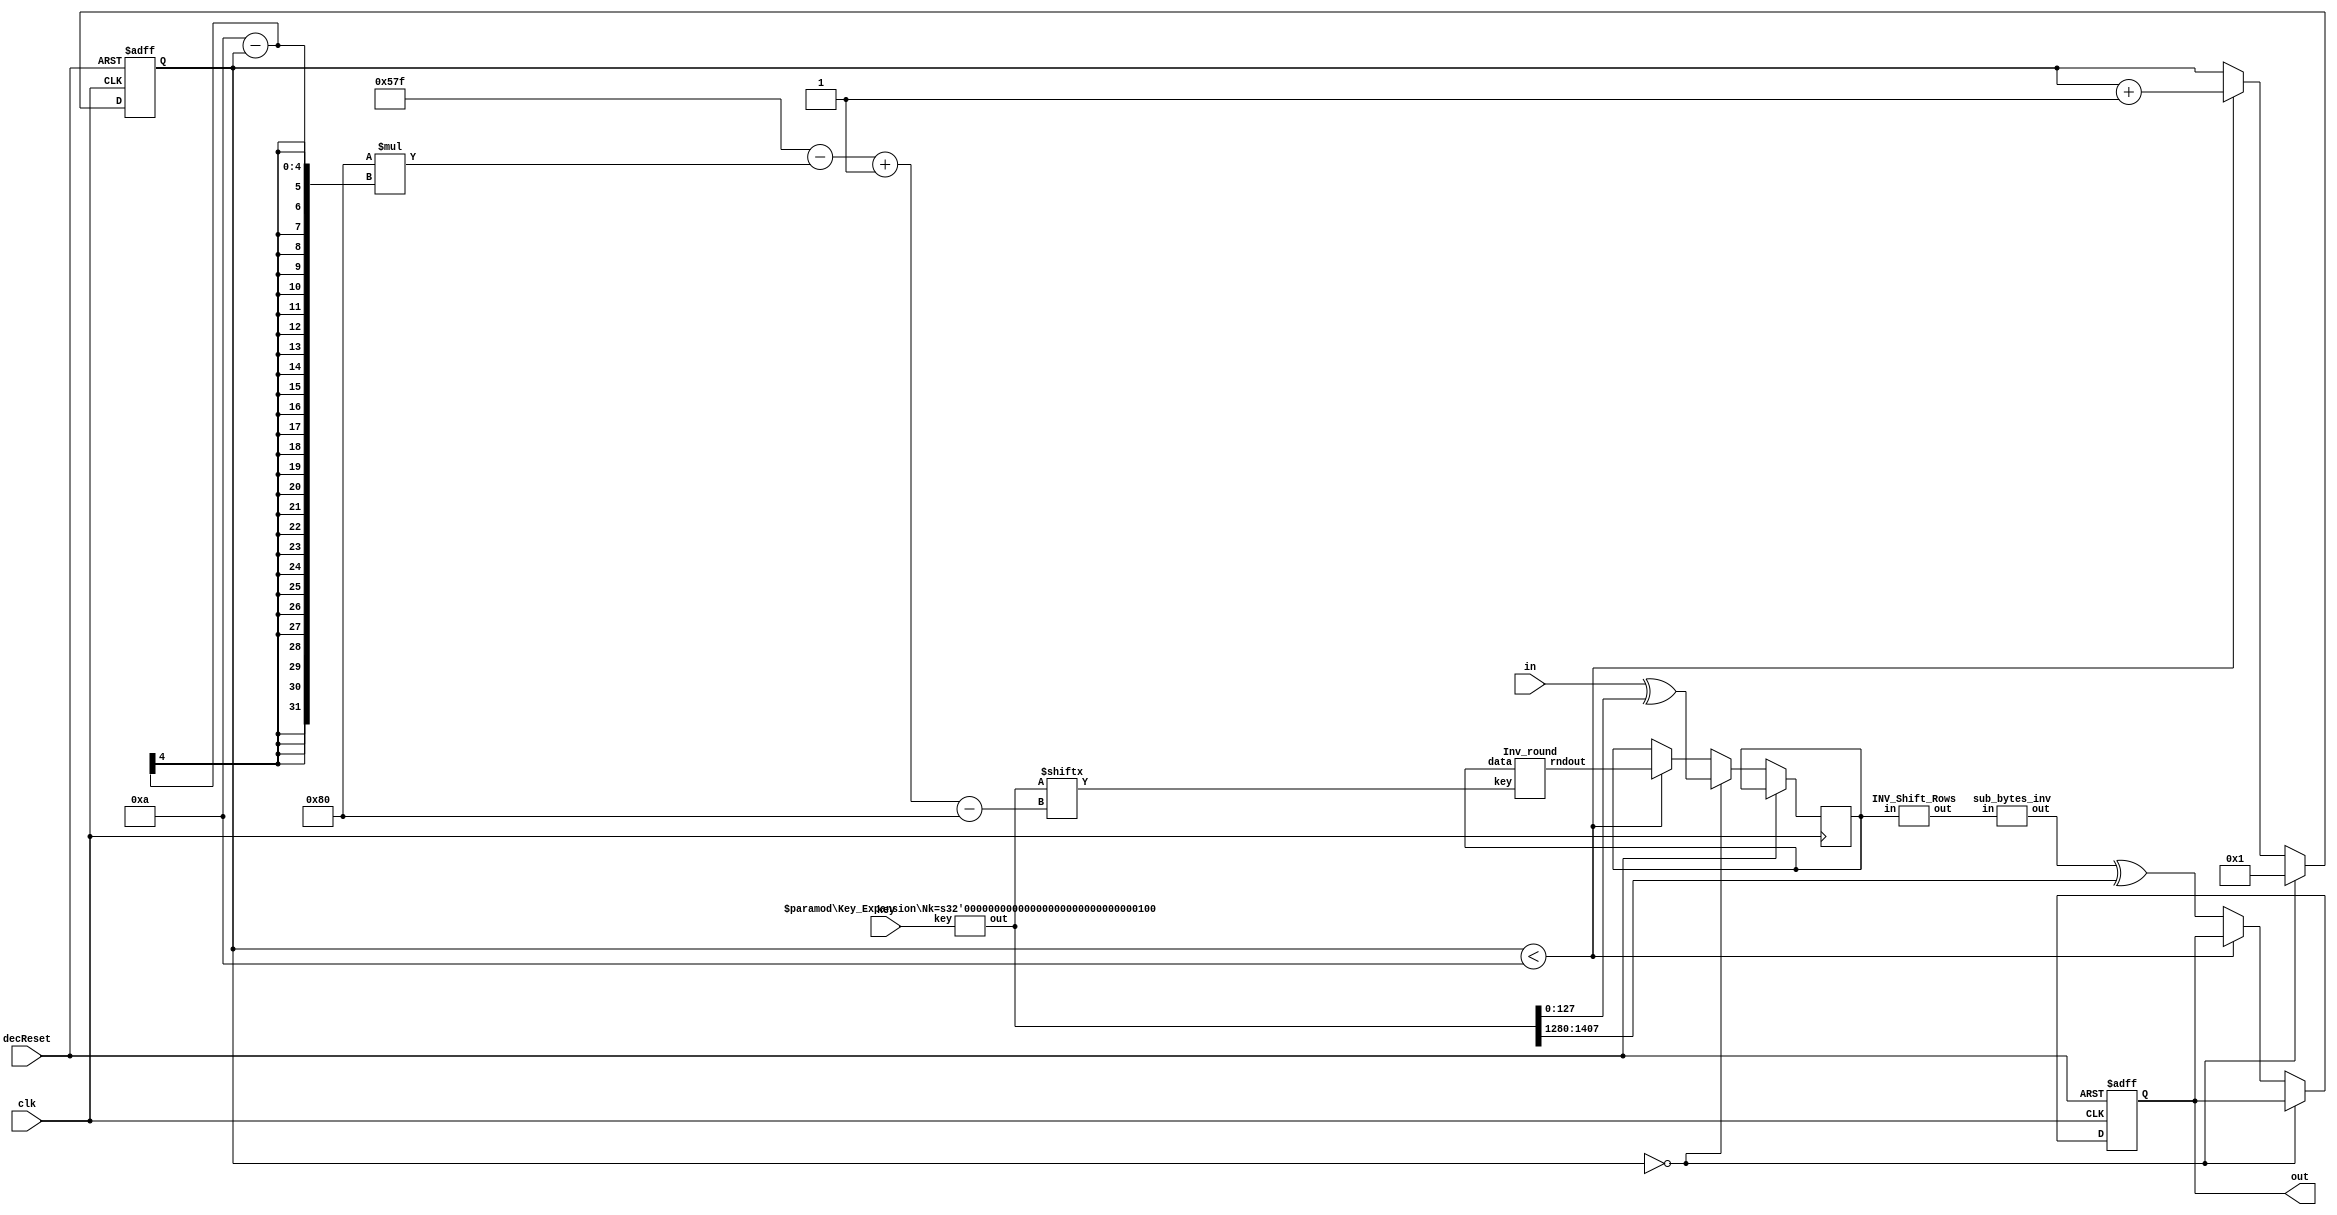
module decrypt_aes128 #(parameter Nk = 4)(
`ifdef USE_POWER_PINS
    inout vccd1,	// User area 1 1.8V supply
    inout vssd1,	// User area 1 digital ground
`endif
    input clk,
	 input decReset,
    input[127:0] in,
    input[Nk*32 - 1: 0] key,
    output reg [127:0]  out
);

localparam Nr = Nk+6;
localparam key_sch_len = (4*Nr+4) * 32 - 1;
reg [127:0] register;
wire [127:0] out_state;
wire [key_sch_len :0] k_sch;

Key_Expansion #(.Nk(Nk)) keys (key, k_sch); 



reg [3:0] round_counter = 0;
//reg [2:0] pulses_counter = 1;
    
//for(i = 1;i < Nr;i=i+1)  begin : generate_block 
Inv_round r (register,k_sch[key_sch_len - 128*(Nr - round_counter) -: 128], out_state); //4clk p
//end


//delay = Nr * 3

//last round
wire [127:0] sb,sr;
INV_Shift_Rows p2 (.in(register),.out(sb));
sub_bytes_inv p3 (.in(sb),.out(sr));


always @(posedge clk,posedge decReset) begin

    if(decReset) begin
	  round_counter=0;
	  out=0;
	  end
	  else
	  begin
    if(round_counter == 0) begin
        register <= in ^ k_sch[127 -: 128];
        round_counter <= 1;
    end
    else if(round_counter < Nr) begin
        register <= out_state;
        round_counter <= round_counter + 1;
    end 
    else begin
        out <= sr ^ k_sch[key_sch_len-:128];
    end
	 end
 end
    //$display("state[0]=%h in=%h k_sch=%h", state[0], in, k_sch[key_sch_len -: 128]);




endmodule

module Key_Expansion #(parameter Nk = 4) (
    key,out
);
localparam Nr = Nk+6;
localparam keylen = Nk*32;
//total number of out words Nr*4
input [keylen-1:0] key;
reg [14:0] temp;
wire [31:0] subword [0:4*Nr+3];
/* output reg [31:0] out[0:4*Nr+3]; */
output wire [(4*Nr+4) * 32 - 1:0] out;//

wire [31:0] out_words[0:4*Nr+3];

integer j;
genvar i;
generate 
    
    for(i = 0;i <=4*Nr+3;i=i+1)begin : generate_block
        if(i < Nk) begin
            assign out_words[i] = key[(keylen-1)-32*i -:32];
        end

        else begin
            if(i % Nk == 0) begin
                aes_sbox s0(RotWord(out_words[i-1]), subword[i]);
                assign out_words[i] = out_words[i-Nk] ^ subword[i] ^ rcon(i/Nk);
            end
            else if(Nk > 6 && i % Nk == 4) begin
                aes_sbox s1(out_words[i-1], subword[i]);
                assign out_words[i] = out_words[i-Nk] ^ subword[i];
            end
            else begin
                assign out_words[i] = out_words[i-Nk] ^ out_words[i-1];
            end
        end
        assign out[(4*Nr+4) * 32 - 1 - 32*i  -:32] = out_words[i];
    end
endgenerate 

function [31:0] RotWord;
    input [31:0] word;
    begin
        RotWord = {word[23-:8*3], word[31-:8]};
    end
    
endfunction

function [31:0] rcon;
    input [3:0] k;/* 256 => 14 round => 4 bit */
//integer j;
    begin
        case(k)
            4'h1: rcon=32'h01000000;
            4'h2: rcon=32'h02000000;
            4'h3: rcon=32'h04000000;
            4'h4: rcon=32'h08000000;
            4'h5: rcon=32'h10000000;
            4'h6: rcon=32'h20000000;
            4'h7: rcon=32'h40000000;
            4'h8: rcon=32'h80000000;
            4'h9: rcon=32'h1b000000;
            4'ha: rcon=32'h36000000;
            default: rcon=32'h00000000;
        endcase
    end
    
endfunction
endmodule

module aes_sbox(
                input wire [31 : 0]  sboxw,
                output wire [31 : 0] new_sboxw
               );


  //----------------------------------------------------------------
  // The sbox array.
  //----------------------------------------------------------------
  wire [7 : 0] sbox [0 : 255];


  //----------------------------------------------------------------
  // Four parallel muxes.
  //----------------------------------------------------------------
  assign new_sboxw[31 : 24] = sbox[sboxw[31 : 24]];
  assign new_sboxw[23 : 16] = sbox[sboxw[23 : 16]];
  assign new_sboxw[15 : 08] = sbox[sboxw[15 : 08]];
  assign new_sboxw[07 : 00] = sbox[sboxw[07 : 00]];


  //----------------------------------------------------------------
  // Creating the sbox array contents.
  //----------------------------------------------------------------
  assign sbox[8'h00] = 8'h63;
  assign sbox[8'h01] = 8'h7c;
  assign sbox[8'h02] = 8'h77;
  assign sbox[8'h03] = 8'h7b;
  assign sbox[8'h04] = 8'hf2;
  assign sbox[8'h05] = 8'h6b;
  assign sbox[8'h06] = 8'h6f;
  assign sbox[8'h07] = 8'hc5;
  assign sbox[8'h08] = 8'h30;
  assign sbox[8'h09] = 8'h01;
  assign sbox[8'h0a] = 8'h67;
  assign sbox[8'h0b] = 8'h2b;
  assign sbox[8'h0c] = 8'hfe;
  assign sbox[8'h0d] = 8'hd7;
  assign sbox[8'h0e] = 8'hab;
  assign sbox[8'h0f] = 8'h76;
  assign sbox[8'h10] = 8'hca;
  assign sbox[8'h11] = 8'h82;
  assign sbox[8'h12] = 8'hc9;
  assign sbox[8'h13] = 8'h7d;
  assign sbox[8'h14] = 8'hfa;
  assign sbox[8'h15] = 8'h59;
  assign sbox[8'h16] = 8'h47;
  assign sbox[8'h17] = 8'hf0;
  assign sbox[8'h18] = 8'had;
  assign sbox[8'h19] = 8'hd4;
  assign sbox[8'h1a] = 8'ha2;
  assign sbox[8'h1b] = 8'haf;
  assign sbox[8'h1c] = 8'h9c;
  assign sbox[8'h1d] = 8'ha4;
  assign sbox[8'h1e] = 8'h72;
  assign sbox[8'h1f] = 8'hc0;
  assign sbox[8'h20] = 8'hb7;
  assign sbox[8'h21] = 8'hfd;
  assign sbox[8'h22] = 8'h93;
  assign sbox[8'h23] = 8'h26;
  assign sbox[8'h24] = 8'h36;
  assign sbox[8'h25] = 8'h3f;
  assign sbox[8'h26] = 8'hf7;
  assign sbox[8'h27] = 8'hcc;
  assign sbox[8'h28] = 8'h34;
  assign sbox[8'h29] = 8'ha5;
  assign sbox[8'h2a] = 8'he5;
  assign sbox[8'h2b] = 8'hf1;
  assign sbox[8'h2c] = 8'h71;
  assign sbox[8'h2d] = 8'hd8;
  assign sbox[8'h2e] = 8'h31;
  assign sbox[8'h2f] = 8'h15;
  assign sbox[8'h30] = 8'h04;
  assign sbox[8'h31] = 8'hc7;
  assign sbox[8'h32] = 8'h23;
  assign sbox[8'h33] = 8'hc3;
  assign sbox[8'h34] = 8'h18;
  assign sbox[8'h35] = 8'h96;
  assign sbox[8'h36] = 8'h05;
  assign sbox[8'h37] = 8'h9a;
  assign sbox[8'h38] = 8'h07;
  assign sbox[8'h39] = 8'h12;
  assign sbox[8'h3a] = 8'h80;
  assign sbox[8'h3b] = 8'he2;
  assign sbox[8'h3c] = 8'heb;
  assign sbox[8'h3d] = 8'h27;
  assign sbox[8'h3e] = 8'hb2;
  assign sbox[8'h3f] = 8'h75;
  assign sbox[8'h40] = 8'h09;
  assign sbox[8'h41] = 8'h83;
  assign sbox[8'h42] = 8'h2c;
  assign sbox[8'h43] = 8'h1a;
  assign sbox[8'h44] = 8'h1b;
  assign sbox[8'h45] = 8'h6e;
  assign sbox[8'h46] = 8'h5a;
  assign sbox[8'h47] = 8'ha0;
  assign sbox[8'h48] = 8'h52;
  assign sbox[8'h49] = 8'h3b;
  assign sbox[8'h4a] = 8'hd6;
  assign sbox[8'h4b] = 8'hb3;
  assign sbox[8'h4c] = 8'h29;
  assign sbox[8'h4d] = 8'he3;
  assign sbox[8'h4e] = 8'h2f;
  assign sbox[8'h4f] = 8'h84;
  assign sbox[8'h50] = 8'h53;
  assign sbox[8'h51] = 8'hd1;
  assign sbox[8'h52] = 8'h00;
  assign sbox[8'h53] = 8'hed;
  assign sbox[8'h54] = 8'h20;
  assign sbox[8'h55] = 8'hfc;
  assign sbox[8'h56] = 8'hb1;
  assign sbox[8'h57] = 8'h5b;
  assign sbox[8'h58] = 8'h6a;
  assign sbox[8'h59] = 8'hcb;
  assign sbox[8'h5a] = 8'hbe;
  assign sbox[8'h5b] = 8'h39;
  assign sbox[8'h5c] = 8'h4a;
  assign sbox[8'h5d] = 8'h4c;
  assign sbox[8'h5e] = 8'h58;
  assign sbox[8'h5f] = 8'hcf;
  assign sbox[8'h60] = 8'hd0;
  assign sbox[8'h61] = 8'hef;
  assign sbox[8'h62] = 8'haa;
  assign sbox[8'h63] = 8'hfb;
  assign sbox[8'h64] = 8'h43;
  assign sbox[8'h65] = 8'h4d;
  assign sbox[8'h66] = 8'h33;
  assign sbox[8'h67] = 8'h85;
  assign sbox[8'h68] = 8'h45;
  assign sbox[8'h69] = 8'hf9;
  assign sbox[8'h6a] = 8'h02;
  assign sbox[8'h6b] = 8'h7f;
  assign sbox[8'h6c] = 8'h50;
  assign sbox[8'h6d] = 8'h3c;
  assign sbox[8'h6e] = 8'h9f;
  assign sbox[8'h6f] = 8'ha8;
  assign sbox[8'h70] = 8'h51;
  assign sbox[8'h71] = 8'ha3;
  assign sbox[8'h72] = 8'h40;
  assign sbox[8'h73] = 8'h8f;
  assign sbox[8'h74] = 8'h92;
  assign sbox[8'h75] = 8'h9d;
  assign sbox[8'h76] = 8'h38;
  assign sbox[8'h77] = 8'hf5;
  assign sbox[8'h78] = 8'hbc;
  assign sbox[8'h79] = 8'hb6;
  assign sbox[8'h7a] = 8'hda;
  assign sbox[8'h7b] = 8'h21;
  assign sbox[8'h7c] = 8'h10;
  assign sbox[8'h7d] = 8'hff;
  assign sbox[8'h7e] = 8'hf3;
  assign sbox[8'h7f] = 8'hd2;
  assign sbox[8'h80] = 8'hcd;
  assign sbox[8'h81] = 8'h0c;
  assign sbox[8'h82] = 8'h13;
  assign sbox[8'h83] = 8'hec;
  assign sbox[8'h84] = 8'h5f;
  assign sbox[8'h85] = 8'h97;
  assign sbox[8'h86] = 8'h44;
  assign sbox[8'h87] = 8'h17;
  assign sbox[8'h88] = 8'hc4;
  assign sbox[8'h89] = 8'ha7;
  assign sbox[8'h8a] = 8'h7e;
  assign sbox[8'h8b] = 8'h3d;
  assign sbox[8'h8c] = 8'h64;
  assign sbox[8'h8d] = 8'h5d;
  assign sbox[8'h8e] = 8'h19;
  assign sbox[8'h8f] = 8'h73;
  assign sbox[8'h90] = 8'h60;
  assign sbox[8'h91] = 8'h81;
  assign sbox[8'h92] = 8'h4f;
  assign sbox[8'h93] = 8'hdc;
  assign sbox[8'h94] = 8'h22;
  assign sbox[8'h95] = 8'h2a;
  assign sbox[8'h96] = 8'h90;
  assign sbox[8'h97] = 8'h88;
  assign sbox[8'h98] = 8'h46;
  assign sbox[8'h99] = 8'hee;
  assign sbox[8'h9a] = 8'hb8;
  assign sbox[8'h9b] = 8'h14;
  assign sbox[8'h9c] = 8'hde;
  assign sbox[8'h9d] = 8'h5e;
  assign sbox[8'h9e] = 8'h0b;
  assign sbox[8'h9f] = 8'hdb;
  assign sbox[8'ha0] = 8'he0;
  assign sbox[8'ha1] = 8'h32;
  assign sbox[8'ha2] = 8'h3a;
  assign sbox[8'ha3] = 8'h0a;
  assign sbox[8'ha4] = 8'h49;
  assign sbox[8'ha5] = 8'h06;
  assign sbox[8'ha6] = 8'h24;
  assign sbox[8'ha7] = 8'h5c;
  assign sbox[8'ha8] = 8'hc2;
  assign sbox[8'ha9] = 8'hd3;
  assign sbox[8'haa] = 8'hac;
  assign sbox[8'hab] = 8'h62;
  assign sbox[8'hac] = 8'h91;
  assign sbox[8'had] = 8'h95;
  assign sbox[8'hae] = 8'he4;
  assign sbox[8'haf] = 8'h79;
  assign sbox[8'hb0] = 8'he7;
  assign sbox[8'hb1] = 8'hc8;
  assign sbox[8'hb2] = 8'h37;
  assign sbox[8'hb3] = 8'h6d;
  assign sbox[8'hb4] = 8'h8d;
  assign sbox[8'hb5] = 8'hd5;
  assign sbox[8'hb6] = 8'h4e;
  assign sbox[8'hb7] = 8'ha9;
  assign sbox[8'hb8] = 8'h6c;
  assign sbox[8'hb9] = 8'h56;
  assign sbox[8'hba] = 8'hf4;
  assign sbox[8'hbb] = 8'hea;
  assign sbox[8'hbc] = 8'h65;
  assign sbox[8'hbd] = 8'h7a;
  assign sbox[8'hbe] = 8'hae;
  assign sbox[8'hbf] = 8'h08;
  assign sbox[8'hc0] = 8'hba;
  assign sbox[8'hc1] = 8'h78;
  assign sbox[8'hc2] = 8'h25;
  assign sbox[8'hc3] = 8'h2e;
  assign sbox[8'hc4] = 8'h1c;
  assign sbox[8'hc5] = 8'ha6;
  assign sbox[8'hc6] = 8'hb4;
  assign sbox[8'hc7] = 8'hc6;
  assign sbox[8'hc8] = 8'he8;
  assign sbox[8'hc9] = 8'hdd;
  assign sbox[8'hca] = 8'h74;
  assign sbox[8'hcb] = 8'h1f;
  assign sbox[8'hcc] = 8'h4b;
  assign sbox[8'hcd] = 8'hbd;
  assign sbox[8'hce] = 8'h8b;
  assign sbox[8'hcf] = 8'h8a;
  assign sbox[8'hd0] = 8'h70;
  assign sbox[8'hd1] = 8'h3e;
  assign sbox[8'hd2] = 8'hb5;
  assign sbox[8'hd3] = 8'h66;
  assign sbox[8'hd4] = 8'h48;
  assign sbox[8'hd5] = 8'h03;
  assign sbox[8'hd6] = 8'hf6;
  assign sbox[8'hd7] = 8'h0e;
  assign sbox[8'hd8] = 8'h61;
  assign sbox[8'hd9] = 8'h35;
  assign sbox[8'hda] = 8'h57;
  assign sbox[8'hdb] = 8'hb9;
  assign sbox[8'hdc] = 8'h86;
  assign sbox[8'hdd] = 8'hc1;
  assign sbox[8'hde] = 8'h1d;
  assign sbox[8'hdf] = 8'h9e;
  assign sbox[8'he0] = 8'he1;
  assign sbox[8'he1] = 8'hf8;
  assign sbox[8'he2] = 8'h98;
  assign sbox[8'he3] = 8'h11;
  assign sbox[8'he4] = 8'h69;
  assign sbox[8'he5] = 8'hd9;
  assign sbox[8'he6] = 8'h8e;
  assign sbox[8'he7] = 8'h94;
  assign sbox[8'he8] = 8'h9b;
  assign sbox[8'he9] = 8'h1e;
  assign sbox[8'hea] = 8'h87;
  assign sbox[8'heb] = 8'he9;
  assign sbox[8'hec] = 8'hce;
  assign sbox[8'hed] = 8'h55;
  assign sbox[8'hee] = 8'h28;
  assign sbox[8'hef] = 8'hdf;
  assign sbox[8'hf0] = 8'h8c;
  assign sbox[8'hf1] = 8'ha1;
  assign sbox[8'hf2] = 8'h89;
  assign sbox[8'hf3] = 8'h0d;
  assign sbox[8'hf4] = 8'hbf;
  assign sbox[8'hf5] = 8'he6;
  assign sbox[8'hf6] = 8'h42;
  assign sbox[8'hf7] = 8'h68;
  assign sbox[8'hf8] = 8'h41;
  assign sbox[8'hf9] = 8'h99;
  assign sbox[8'hfa] = 8'h2d;
  assign sbox[8'hfb] = 8'h0f;
  assign sbox[8'hfc] = 8'hb0;
  assign sbox[8'hfd] = 8'h54;
  assign sbox[8'hfe] = 8'hbb;
  assign sbox[8'hff] = 8'h16;

endmodule // aes_sbox

module Inv_round
(
data, //state
key,//key
rndout//output
);

input[127:0]data;
input [127:0] key;
output wire [127:0]rndout;

wire [127:0] isb,isr,ik_add;

INV_Shift_Rows p5(.in(data),.out(isr));
sub_bytes_inv p6 (.in(isr),.out(isb));
assign ik_add = key ^ isb;
InvMixCol p7 (.data_in(ik_add),.data_out(rndout));

endmodule

module INV_Shift_Rows
(
input [127:0] in,
output wire [127:0] out
);


assign out[127:120] = in[127:120];
assign out[119:112] = in[23:16];
assign out[111:104] = in[47:40];
assign out[103:96] = in[71:64];

assign out[95:88] = in[95:88];
assign out[87:80] = in[119:112];
assign out[79:72] = in[15:8];
assign out[71:64] = in[39:32];

assign out[63:56] = in[63:56];
assign out[55:48] = in[87:80];
assign out[47:40] = in[111:104];
assign out[39:32] = in[7:0];

assign out[31:24] = in[31:24];
assign out[23:16] = in[55:48];
assign out[15:8] = in[79:72];
assign out[7:0] = in[103:96];

endmodule

module sub_bytes_inv (in, out);
input [127:0] in;
output wire [127:0] out;

aes_sbox_inv w0(in[127-:32], out[127-:32]);
aes_sbox_inv w1(in[95-:32], out[95-:32]);
aes_sbox_inv w2(in[63-:32], out[63-:32]);
aes_sbox_inv w3(in[31-:32], out[31-:32]);


endmodule

module aes_sbox_inv(
                    input wire  [31 : 0] sboxw,
                    output wire [31 : 0] new_sboxw
                   );


  //----------------------------------------------------------------
  // The inverse sbox array.
  //----------------------------------------------------------------
  wire [7 : 0] inv_sbox [0 : 255];


  //----------------------------------------------------------------
  // Four parallel muxes.
  //----------------------------------------------------------------
  assign new_sboxw[31 : 24] = inv_sbox[sboxw[31 : 24]];
  assign new_sboxw[23 : 16] = inv_sbox[sboxw[23 : 16]];
  assign new_sboxw[15 : 08] = inv_sbox[sboxw[15 : 08]];
  assign new_sboxw[07 : 00] = inv_sbox[sboxw[07 : 00]];


  //----------------------------------------------------------------
  // Creating the contents of the array.
  //----------------------------------------------------------------
  assign inv_sbox[8'h00] = 8'h52;
  assign inv_sbox[8'h01] = 8'h09;
  assign inv_sbox[8'h02] = 8'h6a;
  assign inv_sbox[8'h03] = 8'hd5;
  assign inv_sbox[8'h04] = 8'h30;
  assign inv_sbox[8'h05] = 8'h36;
  assign inv_sbox[8'h06] = 8'ha5;
  assign inv_sbox[8'h07] = 8'h38;
  assign inv_sbox[8'h08] = 8'hbf;
  assign inv_sbox[8'h09] = 8'h40;
  assign inv_sbox[8'h0a] = 8'ha3;
  assign inv_sbox[8'h0b] = 8'h9e;
  assign inv_sbox[8'h0c] = 8'h81;
  assign inv_sbox[8'h0d] = 8'hf3;
  assign inv_sbox[8'h0e] = 8'hd7;
  assign inv_sbox[8'h0f] = 8'hfb;
  assign inv_sbox[8'h10] = 8'h7c;
  assign inv_sbox[8'h11] = 8'he3;
  assign inv_sbox[8'h12] = 8'h39;
  assign inv_sbox[8'h13] = 8'h82;
  assign inv_sbox[8'h14] = 8'h9b;
  assign inv_sbox[8'h15] = 8'h2f;
  assign inv_sbox[8'h16] = 8'hff;
  assign inv_sbox[8'h17] = 8'h87;
  assign inv_sbox[8'h18] = 8'h34;
  assign inv_sbox[8'h19] = 8'h8e;
  assign inv_sbox[8'h1a] = 8'h43;
  assign inv_sbox[8'h1b] = 8'h44;
  assign inv_sbox[8'h1c] = 8'hc4;
  assign inv_sbox[8'h1d] = 8'hde;
  assign inv_sbox[8'h1e] = 8'he9;
  assign inv_sbox[8'h1f] = 8'hcb;
  assign inv_sbox[8'h20] = 8'h54;
  assign inv_sbox[8'h21] = 8'h7b;
  assign inv_sbox[8'h22] = 8'h94;
  assign inv_sbox[8'h23] = 8'h32;
  assign inv_sbox[8'h24] = 8'ha6;
  assign inv_sbox[8'h25] = 8'hc2;
  assign inv_sbox[8'h26] = 8'h23;
  assign inv_sbox[8'h27] = 8'h3d;
  assign inv_sbox[8'h28] = 8'hee;
  assign inv_sbox[8'h29] = 8'h4c;
  assign inv_sbox[8'h2a] = 8'h95;
  assign inv_sbox[8'h2b] = 8'h0b;
  assign inv_sbox[8'h2c] = 8'h42;
  assign inv_sbox[8'h2d] = 8'hfa;
  assign inv_sbox[8'h2e] = 8'hc3;
  assign inv_sbox[8'h2f] = 8'h4e;
  assign inv_sbox[8'h30] = 8'h08;
  assign inv_sbox[8'h31] = 8'h2e;
  assign inv_sbox[8'h32] = 8'ha1;
  assign inv_sbox[8'h33] = 8'h66;
  assign inv_sbox[8'h34] = 8'h28;
  assign inv_sbox[8'h35] = 8'hd9;
  assign inv_sbox[8'h36] = 8'h24;
  assign inv_sbox[8'h37] = 8'hb2;
  assign inv_sbox[8'h38] = 8'h76;
  assign inv_sbox[8'h39] = 8'h5b;
  assign inv_sbox[8'h3a] = 8'ha2;
  assign inv_sbox[8'h3b] = 8'h49;
  assign inv_sbox[8'h3c] = 8'h6d;
  assign inv_sbox[8'h3d] = 8'h8b;
  assign inv_sbox[8'h3e] = 8'hd1;
  assign inv_sbox[8'h3f] = 8'h25;
  assign inv_sbox[8'h40] = 8'h72;
  assign inv_sbox[8'h41] = 8'hf8;
  assign inv_sbox[8'h42] = 8'hf6;
  assign inv_sbox[8'h43] = 8'h64;
  assign inv_sbox[8'h44] = 8'h86;
  assign inv_sbox[8'h45] = 8'h68;
  assign inv_sbox[8'h46] = 8'h98;
  assign inv_sbox[8'h47] = 8'h16;
  assign inv_sbox[8'h48] = 8'hd4;
  assign inv_sbox[8'h49] = 8'ha4;
  assign inv_sbox[8'h4a] = 8'h5c;
  assign inv_sbox[8'h4b] = 8'hcc;
  assign inv_sbox[8'h4c] = 8'h5d;
  assign inv_sbox[8'h4d] = 8'h65;
  assign inv_sbox[8'h4e] = 8'hb6;
  assign inv_sbox[8'h4f] = 8'h92;
  assign inv_sbox[8'h50] = 8'h6c;
  assign inv_sbox[8'h51] = 8'h70;
  assign inv_sbox[8'h52] = 8'h48;
  assign inv_sbox[8'h53] = 8'h50;
  assign inv_sbox[8'h54] = 8'hfd;
  assign inv_sbox[8'h55] = 8'hed;
  assign inv_sbox[8'h56] = 8'hb9;
  assign inv_sbox[8'h57] = 8'hda;
  assign inv_sbox[8'h58] = 8'h5e;
  assign inv_sbox[8'h59] = 8'h15;
  assign inv_sbox[8'h5a] = 8'h46;
  assign inv_sbox[8'h5b] = 8'h57;
  assign inv_sbox[8'h5c] = 8'ha7;
  assign inv_sbox[8'h5d] = 8'h8d;
  assign inv_sbox[8'h5e] = 8'h9d;
  assign inv_sbox[8'h5f] = 8'h84;
  assign inv_sbox[8'h60] = 8'h90;
  assign inv_sbox[8'h61] = 8'hd8;
  assign inv_sbox[8'h62] = 8'hab;
  assign inv_sbox[8'h63] = 8'h00;
  assign inv_sbox[8'h64] = 8'h8c;
  assign inv_sbox[8'h65] = 8'hbc;
  assign inv_sbox[8'h66] = 8'hd3;
  assign inv_sbox[8'h67] = 8'h0a;
  assign inv_sbox[8'h68] = 8'hf7;
  assign inv_sbox[8'h69] = 8'he4;
  assign inv_sbox[8'h6a] = 8'h58;
  assign inv_sbox[8'h6b] = 8'h05;
  assign inv_sbox[8'h6c] = 8'hb8;
  assign inv_sbox[8'h6d] = 8'hb3;
  assign inv_sbox[8'h6e] = 8'h45;
  assign inv_sbox[8'h6f] = 8'h06;
  assign inv_sbox[8'h70] = 8'hd0;
  assign inv_sbox[8'h71] = 8'h2c;
  assign inv_sbox[8'h72] = 8'h1e;
  assign inv_sbox[8'h73] = 8'h8f;
  assign inv_sbox[8'h74] = 8'hca;
  assign inv_sbox[8'h75] = 8'h3f;
  assign inv_sbox[8'h76] = 8'h0f;
  assign inv_sbox[8'h77] = 8'h02;
  assign inv_sbox[8'h78] = 8'hc1;
  assign inv_sbox[8'h79] = 8'haf;
  assign inv_sbox[8'h7a] = 8'hbd;
  assign inv_sbox[8'h7b] = 8'h03;
  assign inv_sbox[8'h7c] = 8'h01;
  assign inv_sbox[8'h7d] = 8'h13;
  assign inv_sbox[8'h7e] = 8'h8a;
  assign inv_sbox[8'h7f] = 8'h6b;
  assign inv_sbox[8'h80] = 8'h3a;
  assign inv_sbox[8'h81] = 8'h91;
  assign inv_sbox[8'h82] = 8'h11;
  assign inv_sbox[8'h83] = 8'h41;
  assign inv_sbox[8'h84] = 8'h4f;
  assign inv_sbox[8'h85] = 8'h67;
  assign inv_sbox[8'h86] = 8'hdc;
  assign inv_sbox[8'h87] = 8'hea;
  assign inv_sbox[8'h88] = 8'h97;
  assign inv_sbox[8'h89] = 8'hf2;
  assign inv_sbox[8'h8a] = 8'hcf;
  assign inv_sbox[8'h8b] = 8'hce;
  assign inv_sbox[8'h8c] = 8'hf0;
  assign inv_sbox[8'h8d] = 8'hb4;
  assign inv_sbox[8'h8e] = 8'he6;
  assign inv_sbox[8'h8f] = 8'h73;
  assign inv_sbox[8'h90] = 8'h96;
  assign inv_sbox[8'h91] = 8'hac;
  assign inv_sbox[8'h92] = 8'h74;
  assign inv_sbox[8'h93] = 8'h22;
  assign inv_sbox[8'h94] = 8'he7;
  assign inv_sbox[8'h95] = 8'had;
  assign inv_sbox[8'h96] = 8'h35;
  assign inv_sbox[8'h97] = 8'h85;
  assign inv_sbox[8'h98] = 8'he2;
  assign inv_sbox[8'h99] = 8'hf9;
  assign inv_sbox[8'h9a] = 8'h37;
  assign inv_sbox[8'h9b] = 8'he8;
  assign inv_sbox[8'h9c] = 8'h1c;
  assign inv_sbox[8'h9d] = 8'h75;
  assign inv_sbox[8'h9e] = 8'hdf;
  assign inv_sbox[8'h9f] = 8'h6e;
  assign inv_sbox[8'ha0] = 8'h47;
  assign inv_sbox[8'ha1] = 8'hf1;
  assign inv_sbox[8'ha2] = 8'h1a;
  assign inv_sbox[8'ha3] = 8'h71;
  assign inv_sbox[8'ha4] = 8'h1d;
  assign inv_sbox[8'ha5] = 8'h29;
  assign inv_sbox[8'ha6] = 8'hc5;
  assign inv_sbox[8'ha7] = 8'h89;
  assign inv_sbox[8'ha8] = 8'h6f;
  assign inv_sbox[8'ha9] = 8'hb7;
  assign inv_sbox[8'haa] = 8'h62;
  assign inv_sbox[8'hab] = 8'h0e;
  assign inv_sbox[8'hac] = 8'haa;
  assign inv_sbox[8'had] = 8'h18;
  assign inv_sbox[8'hae] = 8'hbe;
  assign inv_sbox[8'haf] = 8'h1b;
  assign inv_sbox[8'hb0] = 8'hfc;
  assign inv_sbox[8'hb1] = 8'h56;
  assign inv_sbox[8'hb2] = 8'h3e;
  assign inv_sbox[8'hb3] = 8'h4b;
  assign inv_sbox[8'hb4] = 8'hc6;
  assign inv_sbox[8'hb5] = 8'hd2;
  assign inv_sbox[8'hb6] = 8'h79;
  assign inv_sbox[8'hb7] = 8'h20;
  assign inv_sbox[8'hb8] = 8'h9a;
  assign inv_sbox[8'hb9] = 8'hdb;
  assign inv_sbox[8'hba] = 8'hc0;
  assign inv_sbox[8'hbb] = 8'hfe;
  assign inv_sbox[8'hbc] = 8'h78;
  assign inv_sbox[8'hbd] = 8'hcd;
  assign inv_sbox[8'hbe] = 8'h5a;
  assign inv_sbox[8'hbf] = 8'hf4;
  assign inv_sbox[8'hc0] = 8'h1f;
  assign inv_sbox[8'hc1] = 8'hdd;
  assign inv_sbox[8'hc2] = 8'ha8;
  assign inv_sbox[8'hc3] = 8'h33;
  assign inv_sbox[8'hc4] = 8'h88;
  assign inv_sbox[8'hc5] = 8'h07;
  assign inv_sbox[8'hc6] = 8'hc7;
  assign inv_sbox[8'hc7] = 8'h31;
  assign inv_sbox[8'hc8] = 8'hb1;
  assign inv_sbox[8'hc9] = 8'h12;
  assign inv_sbox[8'hca] = 8'h10;
  assign inv_sbox[8'hcb] = 8'h59;
  assign inv_sbox[8'hcc] = 8'h27;
  assign inv_sbox[8'hcd] = 8'h80;
  assign inv_sbox[8'hce] = 8'hec;
  assign inv_sbox[8'hcf] = 8'h5f;
  assign inv_sbox[8'hd0] = 8'h60;
  assign inv_sbox[8'hd1] = 8'h51;
  assign inv_sbox[8'hd2] = 8'h7f;
  assign inv_sbox[8'hd3] = 8'ha9;
  assign inv_sbox[8'hd4] = 8'h19;
  assign inv_sbox[8'hd5] = 8'hb5;
  assign inv_sbox[8'hd6] = 8'h4a;
  assign inv_sbox[8'hd7] = 8'h0d;
  assign inv_sbox[8'hd8] = 8'h2d;
  assign inv_sbox[8'hd9] = 8'he5;
  assign inv_sbox[8'hda] = 8'h7a;
  assign inv_sbox[8'hdb] = 8'h9f;
  assign inv_sbox[8'hdc] = 8'h93;
  assign inv_sbox[8'hdd] = 8'hc9;
  assign inv_sbox[8'hde] = 8'h9c;
  assign inv_sbox[8'hdf] = 8'hef;
  assign inv_sbox[8'he0] = 8'ha0;
  assign inv_sbox[8'he1] = 8'he0;
  assign inv_sbox[8'he2] = 8'h3b;
  assign inv_sbox[8'he3] = 8'h4d;
  assign inv_sbox[8'he4] = 8'hae;
  assign inv_sbox[8'he5] = 8'h2a;
  assign inv_sbox[8'he6] = 8'hf5;
  assign inv_sbox[8'he7] = 8'hb0;
  assign inv_sbox[8'he8] = 8'hc8;
  assign inv_sbox[8'he9] = 8'heb;
  assign inv_sbox[8'hea] = 8'hbb;
  assign inv_sbox[8'heb] = 8'h3c;
  assign inv_sbox[8'hec] = 8'h83;
  assign inv_sbox[8'hed] = 8'h53;
  assign inv_sbox[8'hee] = 8'h99;
  assign inv_sbox[8'hef] = 8'h61;
  assign inv_sbox[8'hf0] = 8'h17;
  assign inv_sbox[8'hf1] = 8'h2b;
  assign inv_sbox[8'hf2] = 8'h04;
  assign inv_sbox[8'hf3] = 8'h7e;
  assign inv_sbox[8'hf4] = 8'hba;
  assign inv_sbox[8'hf5] = 8'h77;
  assign inv_sbox[8'hf6] = 8'hd6;
  assign inv_sbox[8'hf7] = 8'h26;
  assign inv_sbox[8'hf8] = 8'he1;
  assign inv_sbox[8'hf9] = 8'h69;
  assign inv_sbox[8'hfa] = 8'h14;
  assign inv_sbox[8'hfb] = 8'h63;
  assign inv_sbox[8'hfc] = 8'h55;
  assign inv_sbox[8'hfd] = 8'h21;
  assign inv_sbox[8'hfe] = 8'h0c;
  assign inv_sbox[8'hff] = 8'h7d;

endmodule

module InvMixCol (data_in,data_out);

input [127:0] data_in;
output wire [127:0] data_out;

Inv_mx m0(data_in[127-:32],data_out[127-:32]);
Inv_mx m1(data_in[95-:32],data_out[95-:32]);
Inv_mx m2(data_in[63-:32],data_out[63-:32]);
Inv_mx m3(data_in[31-:32],data_out[31-:32]);


endmodule

module Inv_mx (
    data_in,data_out
);
    
input [31:0] data_in;
output wire [31:0] data_out;
wire [7:0] e0,e1,e2,e3, b0,b1,b2,b3, d0,d1,d2,d3, g0,g1,g2,g3;

mutli me0(8'h0e, data_in[31-:8], e0);
mutli me1(8'h0e, data_in[23-:8], e1);
mutli me2(8'h0e, data_in[15-:8], e2);
mutli me3(8'h0e, data_in[7-:8], e3);


mutli mb0( 8'h0b, data_in[31-:8], b0);
mutli mb1( 8'h0b, data_in[23-:8], b1);
mutli mb2( 8'h0b, data_in[15-:8], b2);
mutli mb3( 8'h0b, data_in[7-:8], b3);

mutli md0( 8'h0d, data_in[31-:8], d0);
mutli md1( 8'h0d, data_in[23-:8], d1);
mutli md2( 8'h0d, data_in[15-:8], d2);
mutli md3( 8'h0d, data_in[7-:8], d3);

mutli mg0( 8'h09, data_in[31-:8], g0);
mutli mg1( 8'h09, data_in[23-:8], g1);
mutli mg2( 8'h09, data_in[15-:8], g2);
mutli mg3( 8'h09, data_in[7-:8], g3);



assign data_out[31-:8] = e0 ^ b1 ^ d2 ^ g3;
assign data_out[23-:8] = g0 ^ e1 ^ b2 ^ d3;
assign data_out[15-:8] = d0 ^ g1 ^ e2 ^ b3;
assign data_out[7-:8]  = b0 ^ d1 ^ g2 ^ e3;

endmodule

module mutli(a,b,out);
input [7:0] a;
input [7:0] b;
output reg [7:0] out;
reg [7:0] a1;
reg [7:0] b1;
reg [7:0] carry;

integer i;

always @ (*) begin
    out = 8'b0;
    a1 = a;
    b1 = b;

    for(i = 0;i < 8;i = i + 1) begin
        if((b1 & 1) == 1) out = out ^ a1;   //add if rightmost b is 1
        b1 = b1 >> 1;                       //divide b by X except X    0

        carry = (a1 & 8'b1000_0000);          //check if LSB is 1

        a1 = a1 << 1;
        if(carry == 8'b1000_0000) a1 = a1 ^ 8'b00011011; //subtract if there's carry
    end

end

endmodule